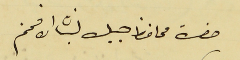
حضرة محافظ جبل لبنان الافخم